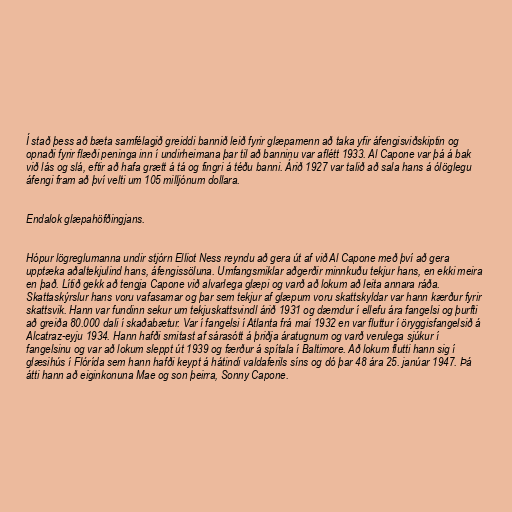
Í stað þess að bæta samfélagið greiddi bannið leið fyrir glæpamenn að taka yfir áfengisviðskiptin og
opnaði fyrir flæði peninga inn í undirheimana þar til að banninu var aflétt 1933. Al Capone var þá á bak
við lás og slá, eftir að hafa grætt á tá og fingri á téðu banni. Árið 1927 var talið að sala hans á ólöglegu
áfengi fram að því velti um 105 milljónum dollara.

Endalok glæpahöfðingjans.

Hópur lögreglumanna undir stjórn Elliot Ness reyndu að gera út af við Al Capone með því að gera
upptæka aðaltekjulind hans, áfengissöluna. Umfangsmiklar aðgerðir minnkuðu tekjur hans, en ekki meira
en það. Lítið gekk að tengja Capone við alvarlega glæpi og varð að lokum að leita annara ráða.
Skattaskýrslur hans voru vafasamar og þar sem tekjur af glæpum voru skattskyldar var hann kærður fyrir
skattsvik. Hann var fundinn sekur um tekjuskattsvindl árið 1931 og dæmdur í ellefu ára fangelsi og þurfti
að greiða 80.000 dali í skaðabætur. Var í fangelsi í Atlanta frá maí 1932 en var fluttur í öryggisfangelsið á
Alcatraz-eyju 1934. Hann hafði smitast af sárasótt á þriðja áratugnum og varð verulega sjúkur í
fangelsinu og var að lokum sleppt út 1939 og færður á spítala í Baltimore. Að lokum flutti hann sig í
glæsihús í Flórída sem hann hafði keypt á hátindi valdaferils síns og dó þar 48 ára 25. janúar 1947. Þá
átti hann að eiginkonuna Mae og son þeirra, Sonny Capone.